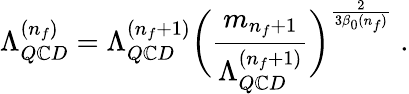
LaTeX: \Lambda_{Q\mathbb{C}D}^{(n_{f})}=\Lambda_{Q\mathbb{C}D}^{(n_{f}+1)}\biggl(\frac{{m_{n_{f}+1}}}{{\Lambda_{Q\mathbb{C}D}^{(n_{f}+1)}}}\biggr)^{\frac{{2}}{{3\beta_{0}(n_{f})}}}\; .